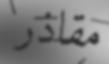
مقاذر